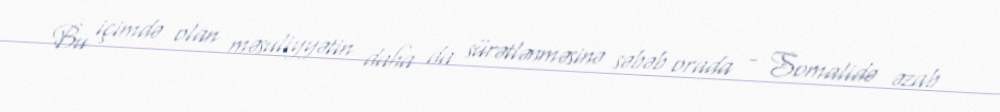
Bu içimdə olan məsuliyyətin daha da sürətlənməsinə səbəb orada - Somalidə əzab